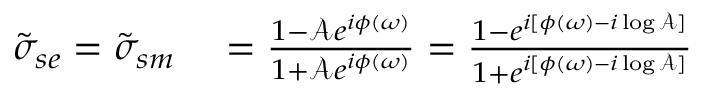
\begin{array} { r l } { \tilde { \sigma } _ { s e } = \tilde { \sigma } _ { s m } } & { { } = \frac { 1 - \mathcal { A } e ^ { i \phi ( \omega ) } } { 1 + \mathcal { A } e ^ { i \phi ( \omega ) } } = \frac { 1 - e ^ { i [ \phi ( \omega ) - i \log \mathcal { A } ] } } { 1 + e ^ { i [ \phi ( \omega ) - i \log \mathcal { A } ] } } } \end{array}